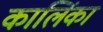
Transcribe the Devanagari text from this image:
कालिंका